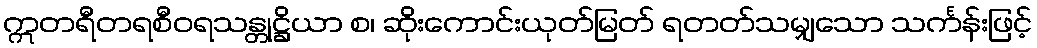
ဣတရီတရစီဝရသန္တုဋ္ဌိယာ စ၊ ဆိုးကောင်းယုတ်မြတ် ရတတ်သမျှသော သင်္ကန်းဖြင့်